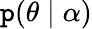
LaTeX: \mathtt{p}(\mathbf{{\theta}}\mid\mathbf{{\alpha}})